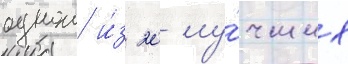
однои и́з 20 лу́чших